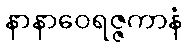
နာနာဝေရဇ္ဇကာနံ